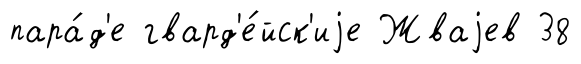
пара́д'е гвард'е́йск'иjе Жваjев 38